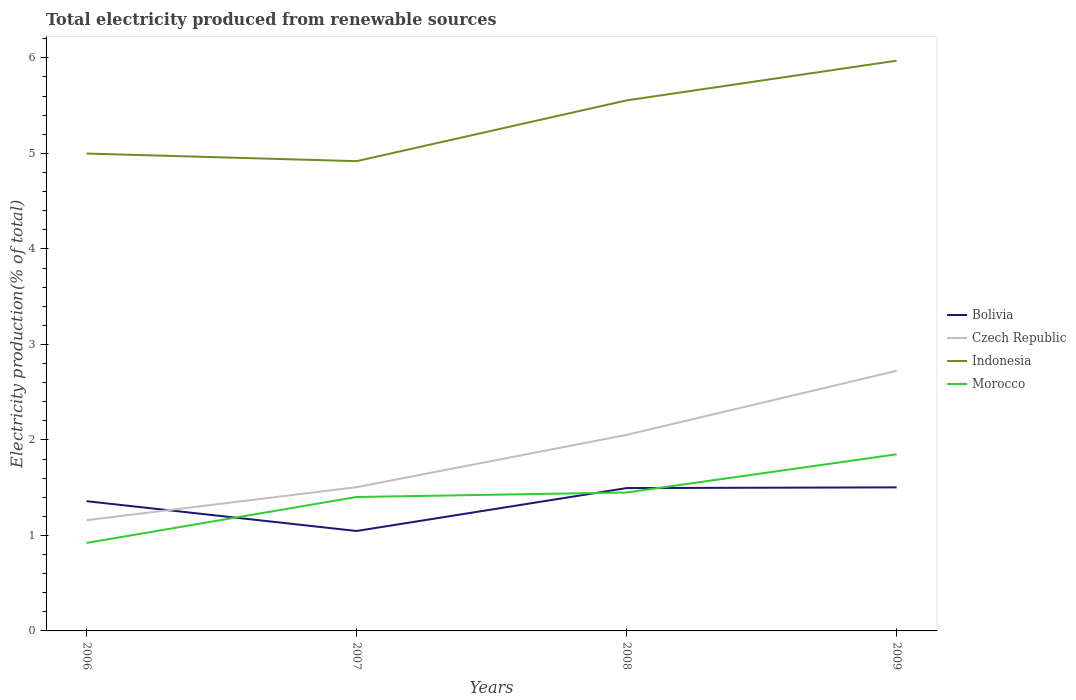
| Years | Bolivia | Czech Republic | Indonesia | Morocco |
 | --- | --- | --- | --- | --- |
 | 2006 | 1.36 | 1.16 | 5 | 0.921 |
 | 2007 | 1.05 | 1.51 | 4.92 | 1.4 |
 | 2008 | 1.5 | 2.05 | 5.56 | 1.45 |
 | 2009 | 1.5 | 2.72 | 5.97 | 1.85 |